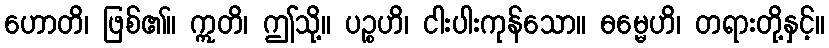
ဟောတိ၊ ဖြစ်၏။ ဣတိ၊ ဤသို့။ ပဉ္စဟိ၊ ငါးပါးကုန်သော။ ဓမ္မေဟိ၊ တရားတို့နှင့်။